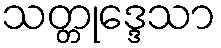
သတ္တုဒ္ဒေသာ